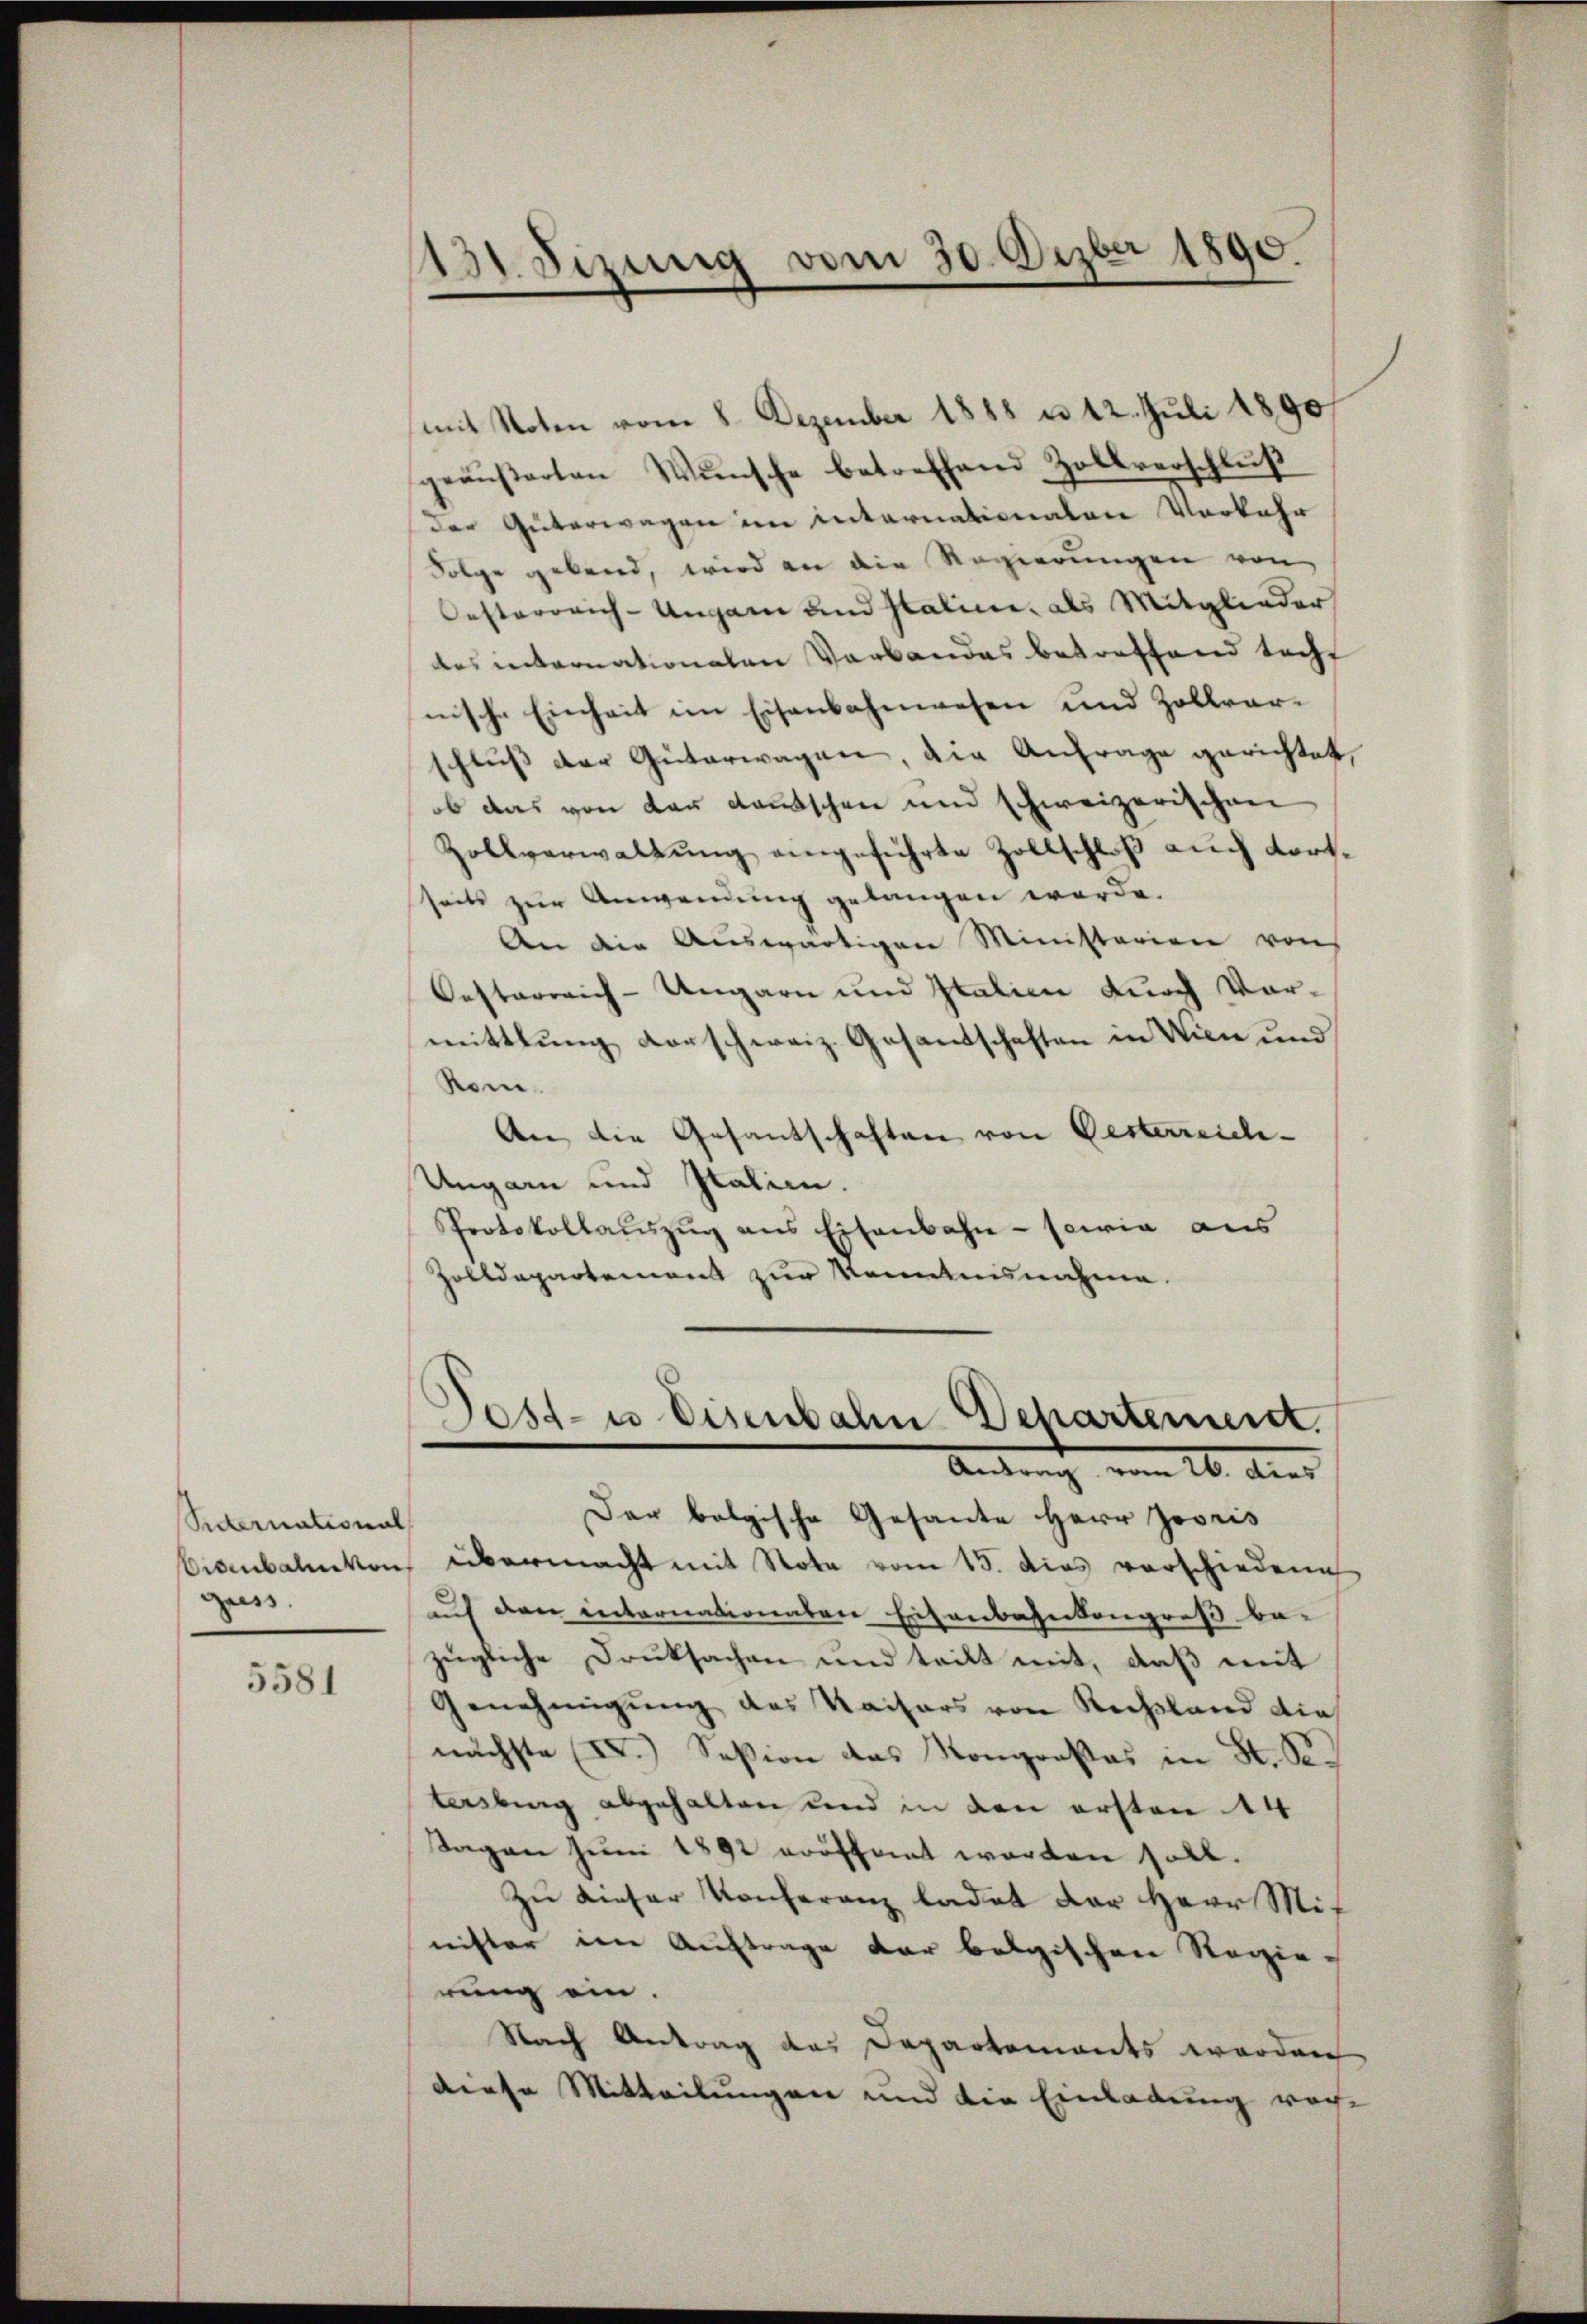
Sitternational
giess.

5581

(mit Noten vom 8. Dezember 1888 n 12. Juli 1890
geäŭβerten Wŭnsche betreffend Zollverschlŭβ
der Güterwagen im internationalen Vorkehr
Folge gebend, wird an die Regierungen von
Oesterreich-Ungarn und Saline, als Mitglieder
des internationalen Verbandes betreffend tocht
nische Einheit im Eisenbahnwesen und Zollvorschlŭβ der Güterwagen, die Anfrage gerichtet,
ob das von der Kautschen und schweizerischen
Zollverwaltung eingeführte Zollschloß auch Fortseits zur Anwendung gelangen werde.
An die Auswärtigen Ministerien von
Oesterreich-Ungarn und Italien durch Vormittlung vorschweiz. Gesantschaften in Wien und
Rom.
An die Gesantschaften von Gesterreich-
Ungarn und Italien.
Protokollaŭszŭg ans Eisenbahn - sowia aus
Zolldepartement zur Kenntnisnahme.

131 Sizung vom 30. Dezbr 1890.

Dost- u Eisenbahn Departement.
Antrag vom 16. dies

Dar bolgische Gesante Herr Jooris
Bisenbahnkon, übermacht mit Note vom 15. dies verschiedene
auf den internationaten Eisenbahnkongreß be-
zügliche Druksachen und teilt mit, daß mit
Genehmigung des Kaisers von Rechsland die
nächste X.) Seßion das Kongroßes in St. B.
terbung abgehalten und in den ersten 14
Tagen Juni 1892 vorftant worden soll.
Zu dieser Konferanz ladet der Herr Mit
nister im Auftrage der belgischen Regierung ein.
Nach Antrag des Departements werden
diese Mitteilungen und die Einladung reche